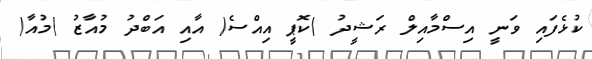
ކުޅެފައި ވަނީ އިސްމާއިލް ރަޝީދު )ކޮޕީ އިއްސެ( އާއި އަބްދު މުއާޒު )މުއާ(